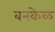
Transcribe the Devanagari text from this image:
बनकेळ